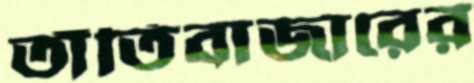
তাঁতিবাজারের